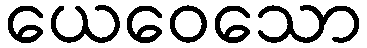
ယေဝေသော